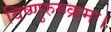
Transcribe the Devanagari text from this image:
विष्णुरुरुक्रमः।